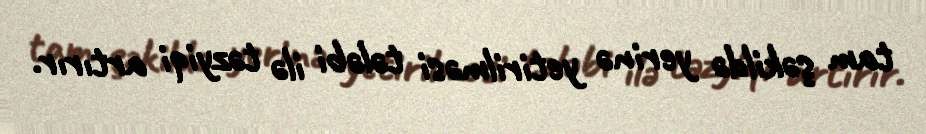
tam şəkildə yerinə yetirilməsi tələbi ilə təzyiqi artırır.